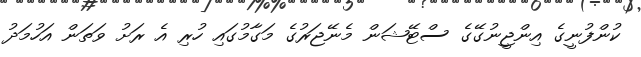
ކުންފުނީގެ އިންޖީނުގޭގެ ސްޓޭޝަން މެނޭޖަރުގެ މަގާމުގައި ހުރި އެ ރަށު ވަތަން އަހުމަދު